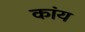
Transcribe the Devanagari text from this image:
कांय